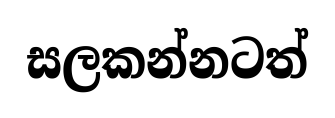
සලකන්නටත්